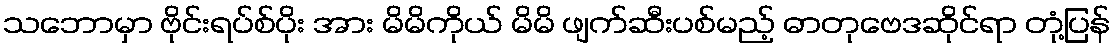
သဘောမှာ ဗိုင်းရပ်စ်ပိုး အား မိမိကိုယ် မိမိ ဖျက်ဆီးပစ်မည့် ဓာတုဗေဒဆိုင်ရာ တုံ့ပြန်